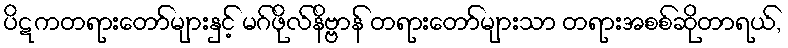
ပိဋကတရားတော်များနှင့် မဂ်ဖိုလ်နိဗ္ဗာန် တရားတော်များသာ တရားအစစ်ဆိုတာရယ်,